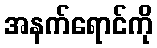
အနက်ရောင်ကို